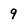
Character: 9